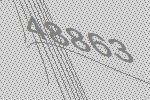
48863